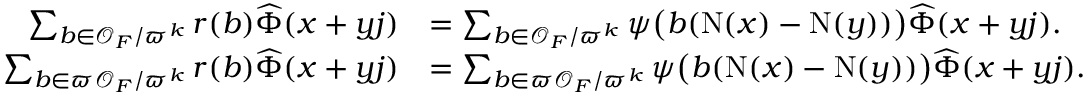
\begin{array} { r l } { \sum _ { b \in \mathcal { O } _ { F } / \varpi ^ { k } } r ( b ) \widehat { \Phi } ( x + y j ) } & { = \sum _ { b \in \mathcal { O } _ { F } / \varpi ^ { k } } \psi \big ( b ( \mathrm { N } ( x ) - \mathrm { N } ( y ) ) \big ) \widehat { \Phi } ( x + y j ) . } \\ { \sum _ { b \in \varpi \mathcal { O } _ { F } / \varpi ^ { k } } r ( b ) \widehat { \Phi } ( x + y j ) } & { = \sum _ { b \in \varpi \mathcal { O } _ { F } / \varpi ^ { k } } \psi \big ( b ( \mathrm { N } ( x ) - \mathrm { N } ( y ) ) \big ) \widehat { \Phi } ( x + y j ) . } \end{array}